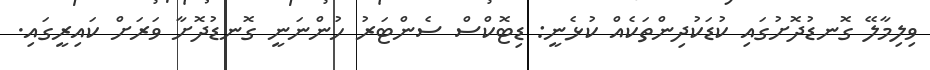
ވިލިމާލޭ ގޮނޑުދޮށުގައި ކުޑަކުދިންތަކެއް ކުޅެނީ: ޑިޓޮކްސް ސެންޓަރު ހުންނަނީ ގޮނޑުދޮށާ ވަރަށް ކައިރީގައި.